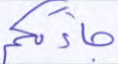
جاءتكم